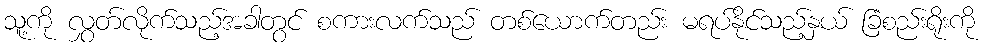
သူ့ကို လွှတ်လိုက်သည့်အခါတွင် စကားလက်သည် တစ်ယောက်တည်း မရပ်နိုင်သည့်နှယ် ခြံစည်းရိုးကို